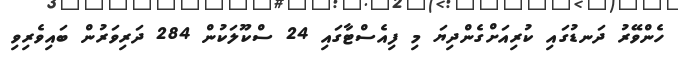
ހެންވޭރު ދަނޑުގައި ކުރިއަށްގެންދިޔަ މި ފިއެސްޓާގައި 24 ސްކޫލަކުން 284 ދަރިވަރުން ބައިވެރިވި